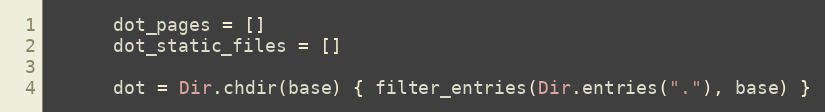
Language: Ruby
      dot_pages = []
      dot_static_files = []

      dot = Dir.chdir(base) { filter_entries(Dir.entries("."), base) }